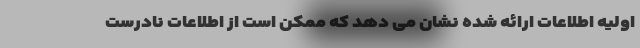
اولیه اطلاعات ارائه شده نشان می دهد که ممکن است از اطلاعات نادرست